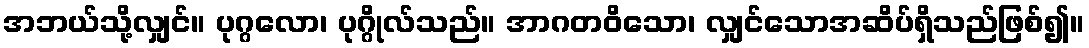
အဘယ်သို့လျှင်။ ပုဂ္ဂလော၊ ပုဂ္ဂိုလ်သည်။ အာဂတဝိသော၊ လျှင်သောအဆိပ်ရှိသည်ဖြစ်၍။